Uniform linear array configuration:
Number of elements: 8
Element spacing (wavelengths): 1
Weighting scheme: binomial
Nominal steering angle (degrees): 0
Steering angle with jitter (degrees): -1.411
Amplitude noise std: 0.05
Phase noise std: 0.05

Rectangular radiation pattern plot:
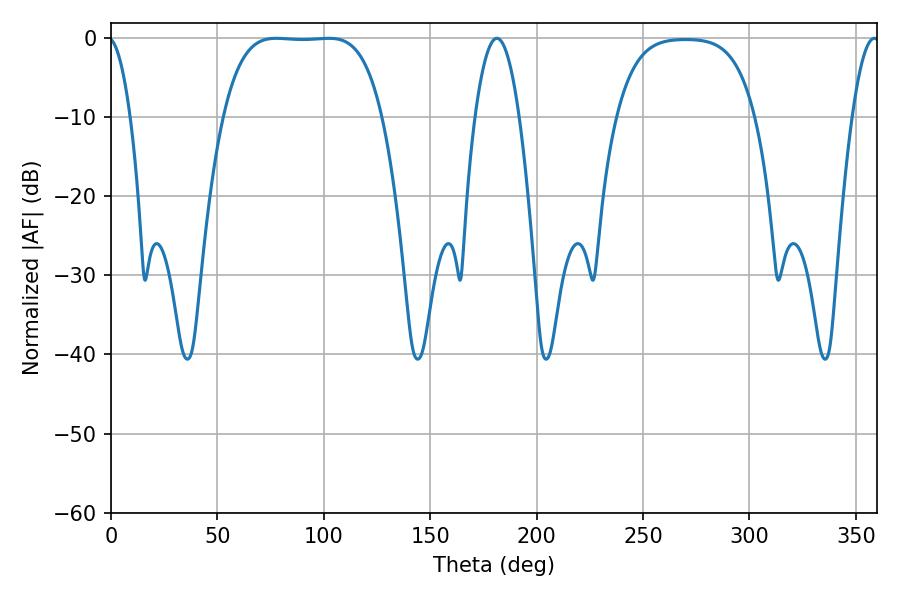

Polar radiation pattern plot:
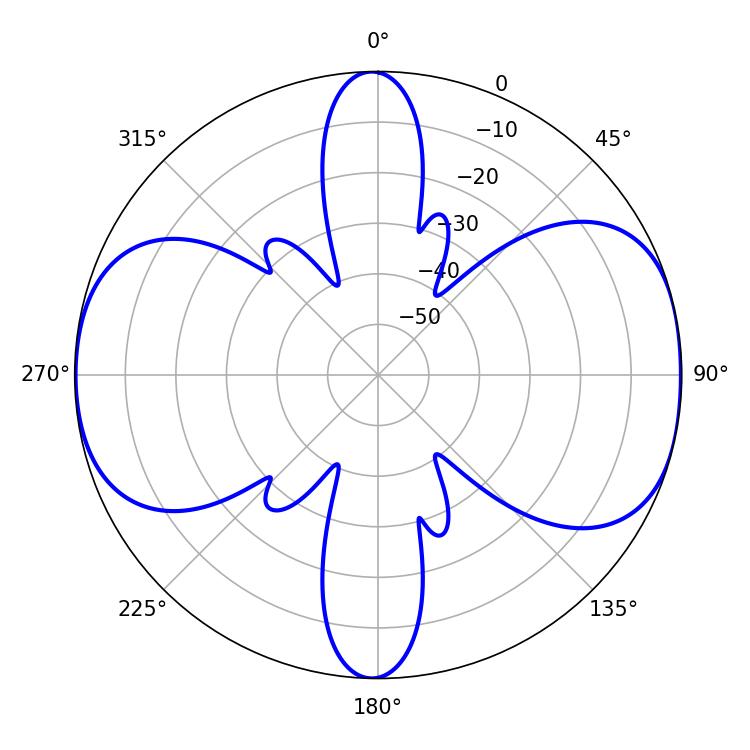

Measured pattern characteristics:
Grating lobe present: TRUE
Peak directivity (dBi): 9.955
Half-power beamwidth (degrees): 57.6
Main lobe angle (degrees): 77.76